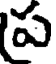
ప